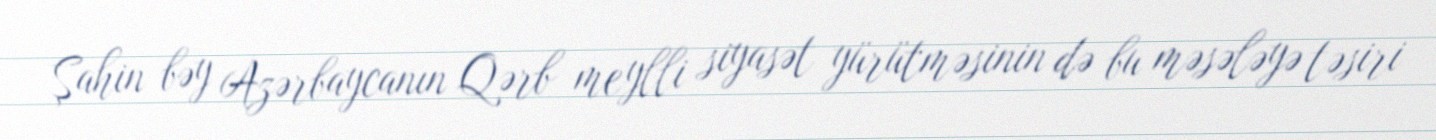
Şahin bəy Azərbaycanın Qərb meylli siyasət yürütməsinin də bu məsələyə təsiri